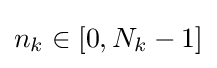
n_{k}\in [0,N_{k}-1]